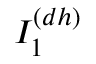
I _ { 1 } ^ { ( d h ) }